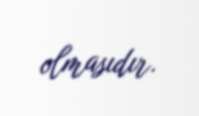
olmasıdır.